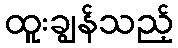
ထူးချွန်သည့်